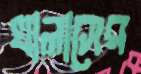
খালাসের